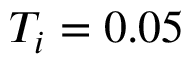
T _ { i } = 0 . 0 5